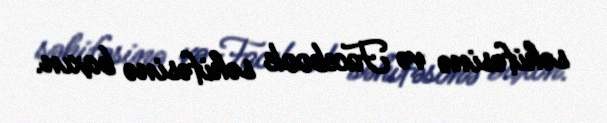
səhifəsinə və Facebook səhifəsinə baxın.